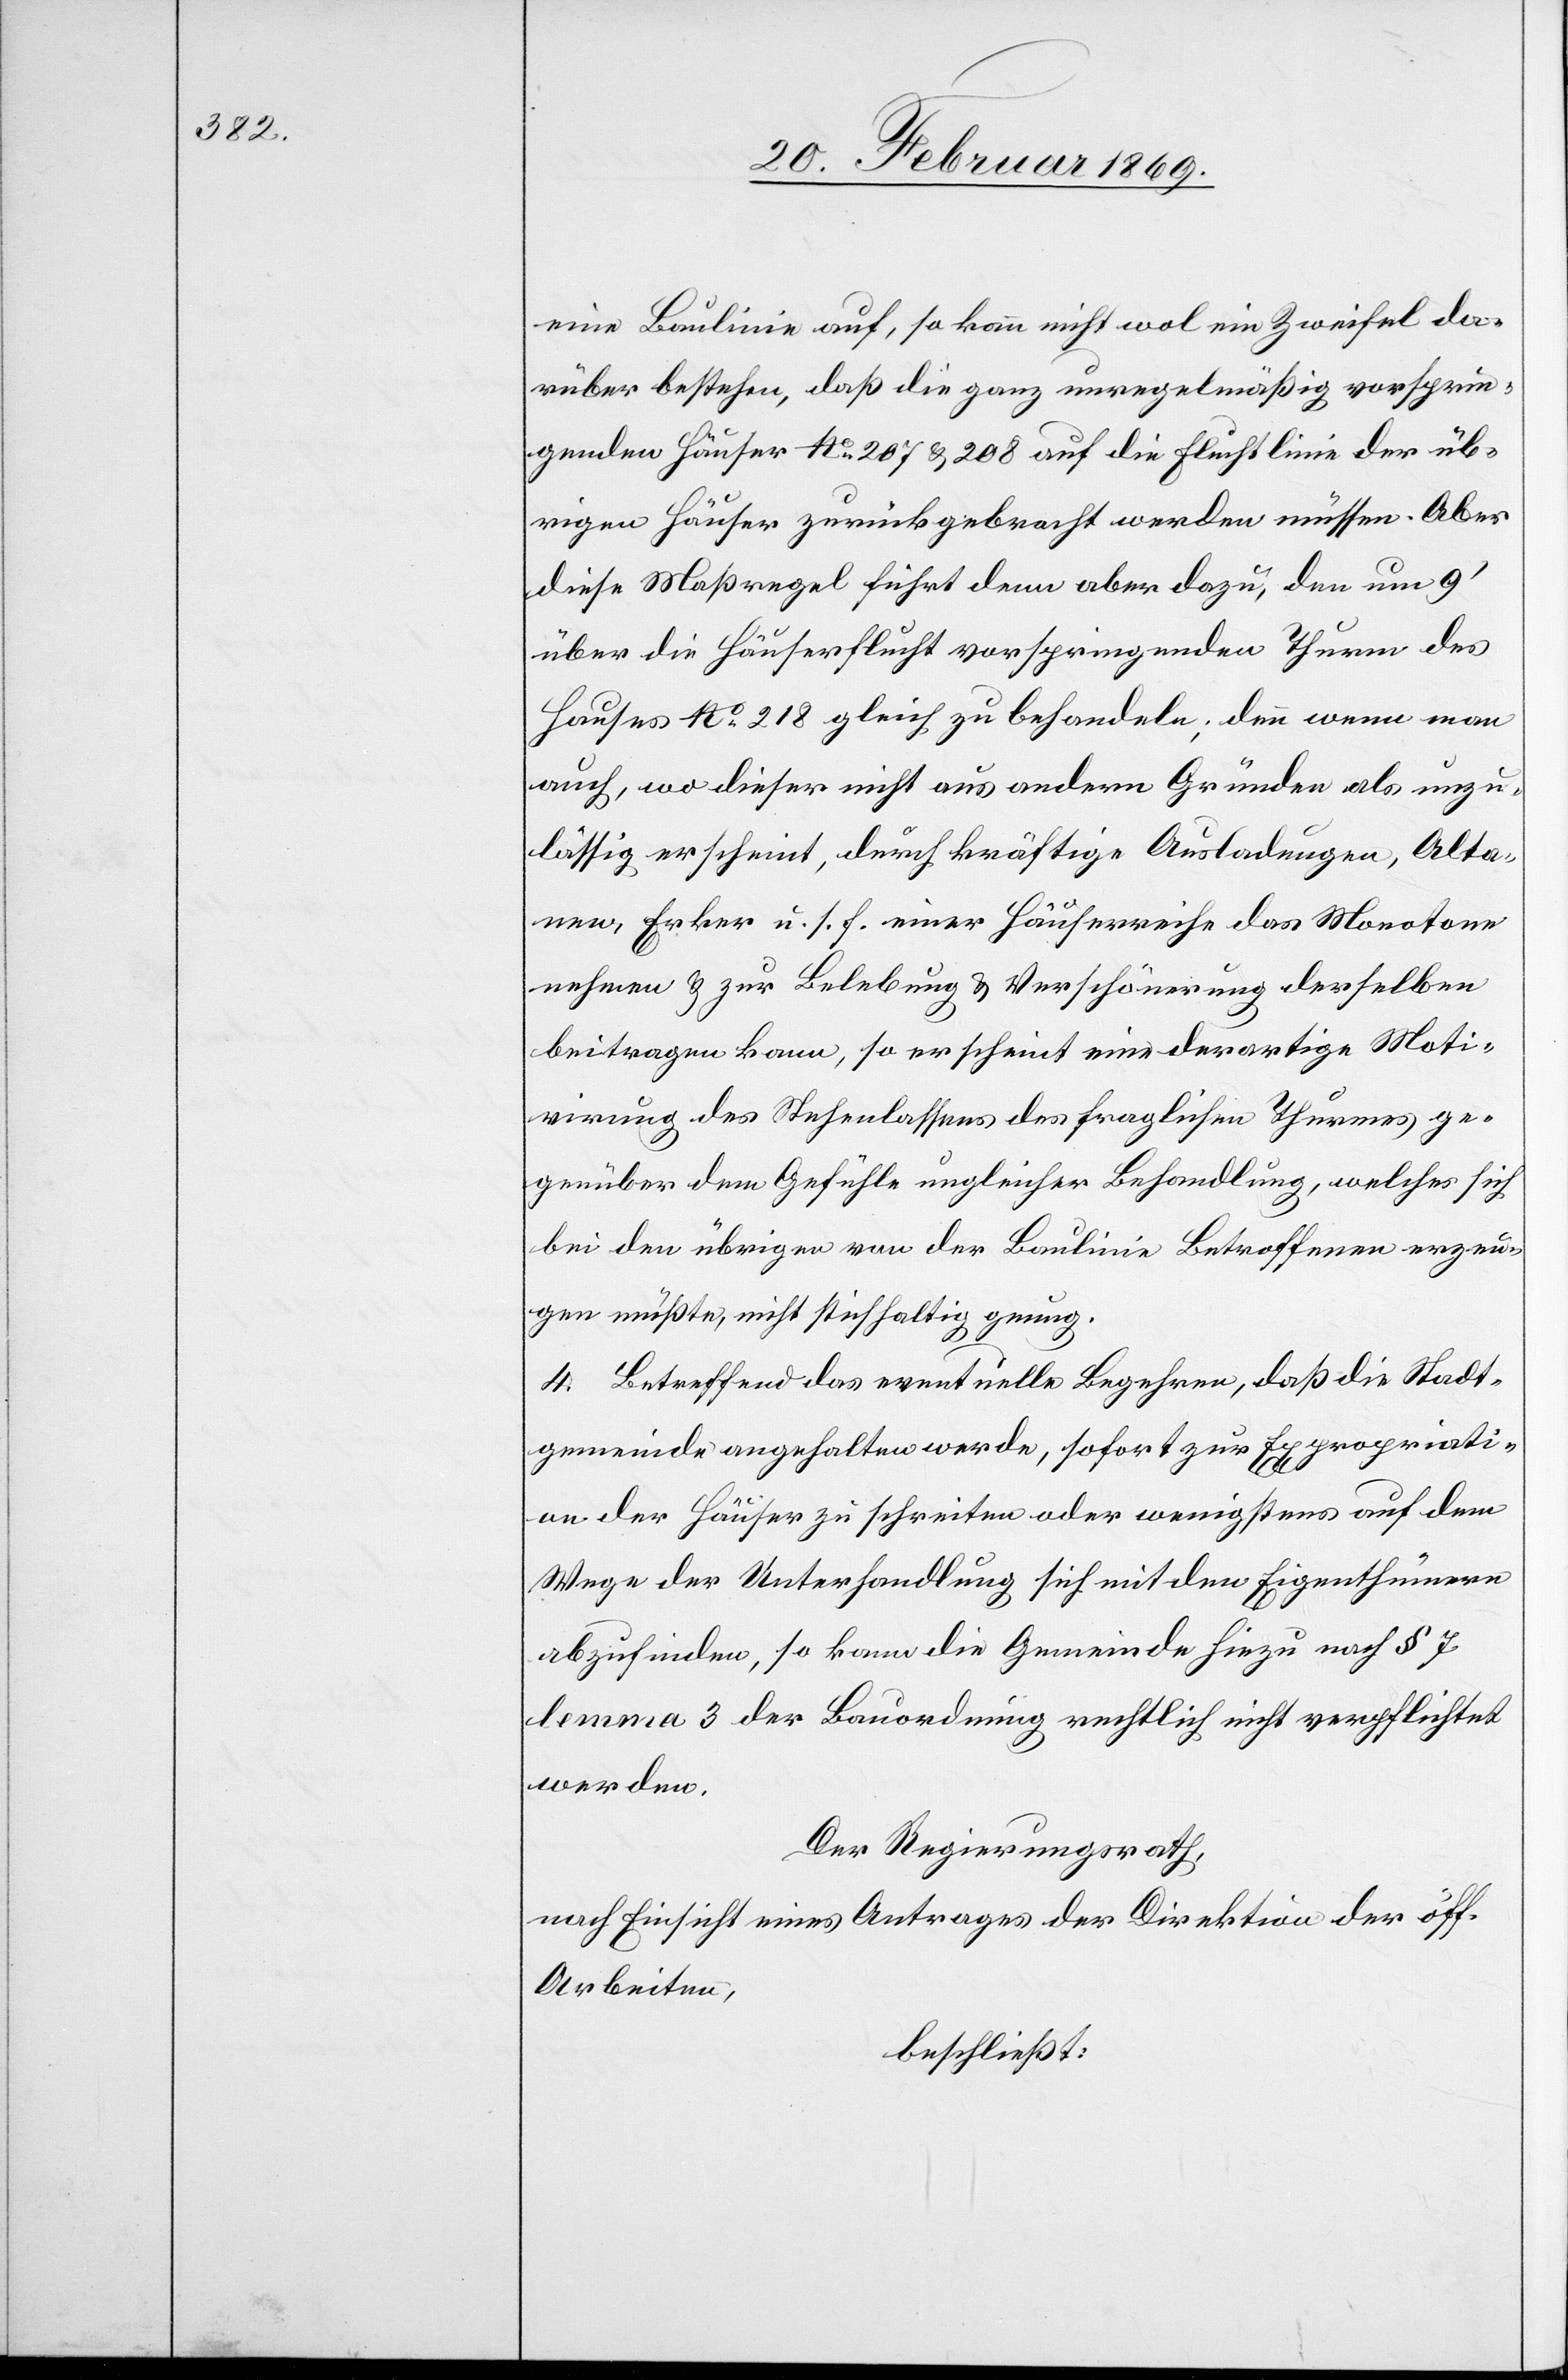
eine Baulinie auf, so kann wol ein Zweifel da¬
rüber bestehen, daß die ganz unregelmäßig vorsprin¬
genden Häuser N°207 u. 208 auf die Fluchtlinie der üb¬
rigen Häuser zurückgebracht werden müssen. Aber
diese Maßregel führt denn aber dazu, den um 9’
über die Häuserflucht vorspringenden Thurm des
Hauses N°218 gleich zu behandeln; denn wenn man
auch, wo dieser nicht aus andern Gründen als unzu¬
lässig erscheint, durch kräftige Ausladungen, Alta¬
nen, Erker u. s. f. einer Häuserreihe das Monotone
nehmen & zur Belebung & Verschönerung derselben
beitragen kann, so erscheint eine derartige Moti¬
virung des Stehenlassens des fraglichen Thurmes ge¬
genüber dem Gefühle ungleicher Behandlung, welches sich
bei den übrigen von der Baulinie Betroffenen erzeu¬
gen müßte, nicht stichhaltig genug.
4. Betreffend das eventuelle Begehren, daß die Stadt¬
gemeinde angehalten werde, sofort zur Expropriati¬
on der Häuser zu schreiten oder wenigstens auf dem
Wege der Unterhandlung sich mit dem Eigenthümern
abzufinden, so kann die Gemeinde hiezu nach § 7
lemma 3 der Bauordnung rechtlich nicht verpflichtet
werden.
Der Regierungsrath,
nach Einsicht eines Antrages der Direktion der öff.
Arbeiten,
beschließt: